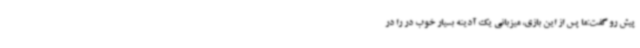
پیش رو گفت:ما پس از این بازی، میزبانی یک آدینه بسیار خوب در را در